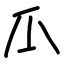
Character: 𤓰